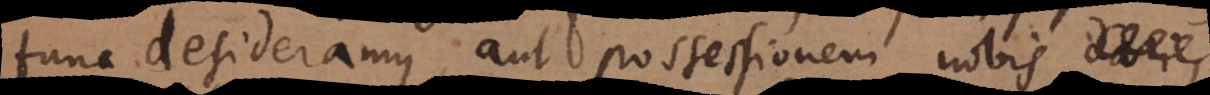
tunc desideramus, aut possessionem nobis